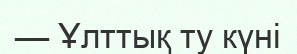
— Ұлттық ту күні